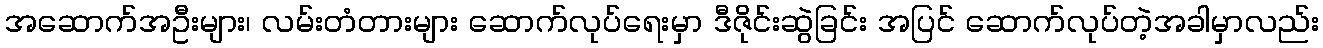
အဆောက်အဦးများ၊ လမ်းတံတားများ ဆောက်လုပ်ရေးမှာ ဒီဇိုင်းဆွဲခြင်း အပြင် ဆောက်လုပ်တဲ့အခါမှာလည်း